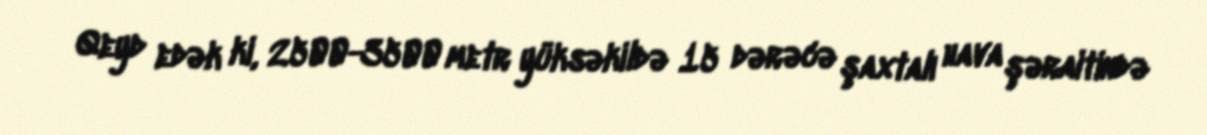
Qeyd edək ki, 2500-3500 metr yüksəkildə 15 dərəcə şaxtalı hava şəraitində